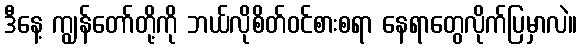
ဒီနေ့ ကျွန်တော်တို့ကို ဘယ်လိုစိတ်ဝင်စားစရာ နေရာတွေလိုက်ပြမှာလဲ။